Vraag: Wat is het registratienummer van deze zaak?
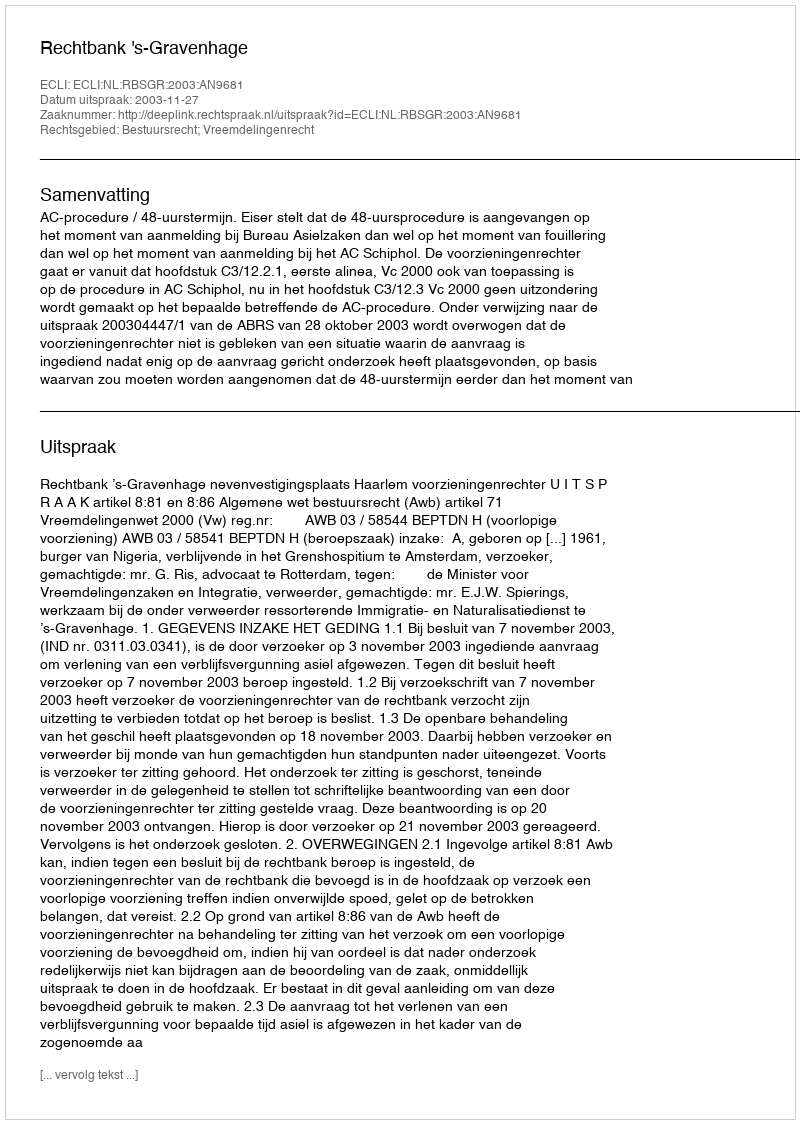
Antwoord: http://deeplink.rechtspraak.nl/uitspraak?id=ECLI:NL:RBSGR:2003:AN9681